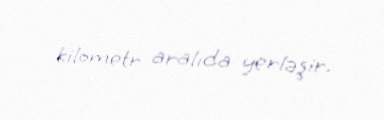
kilometr aralıda yerləşir.